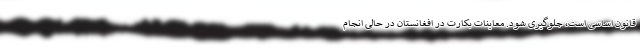
قانون اساسی است، جلوگیری شود. معاینات بکارت در افغانستان در حالی انجام